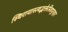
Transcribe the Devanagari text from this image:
स्थिरायास्त्वद्भक्तेस्त्रिपुरहर